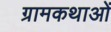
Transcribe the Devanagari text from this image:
ग्रामकथाओं